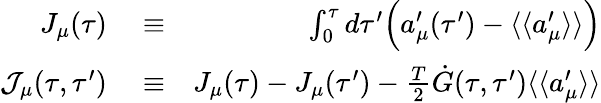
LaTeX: \begin{array}{rlr}{J_{\mu}(\tau)}&{{}\equiv}&{\int_{0}^{\tau}d\tau^{\prime}\Bigl(a_{\mu}^{\prime}(\tau^{\prime})-\langle\langle a_{\mu}^{\prime}\rangle\rangle\Bigr)}\\ {{\cal J}_{\mu}(\tau,\tau^{\prime})}&{{}\equiv}&{J_{\mu}(\tau)-J_{\mu}(\tau^{\prime})-\frac{T}{2}\dot{G}(\tau,\tau^{\prime})\langle\langle a_{\mu}^{\prime}\rangle\rangle}\end{array}